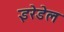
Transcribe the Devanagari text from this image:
इरेडेल